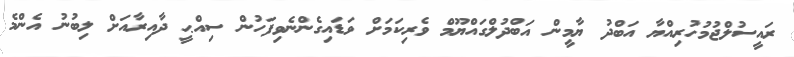
ރައީސުލްޖުމުހުރިއްޔާ އަބްދު ޔާމީން އަބްދުލްގައްޔޫމް ވެރިކަމަށް ވަޑައިގެންނެވިފަހުން ސިއްޙީ ދާއިރާއަށް ލިބުނު އެންމެ